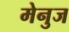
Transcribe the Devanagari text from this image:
मेनुज